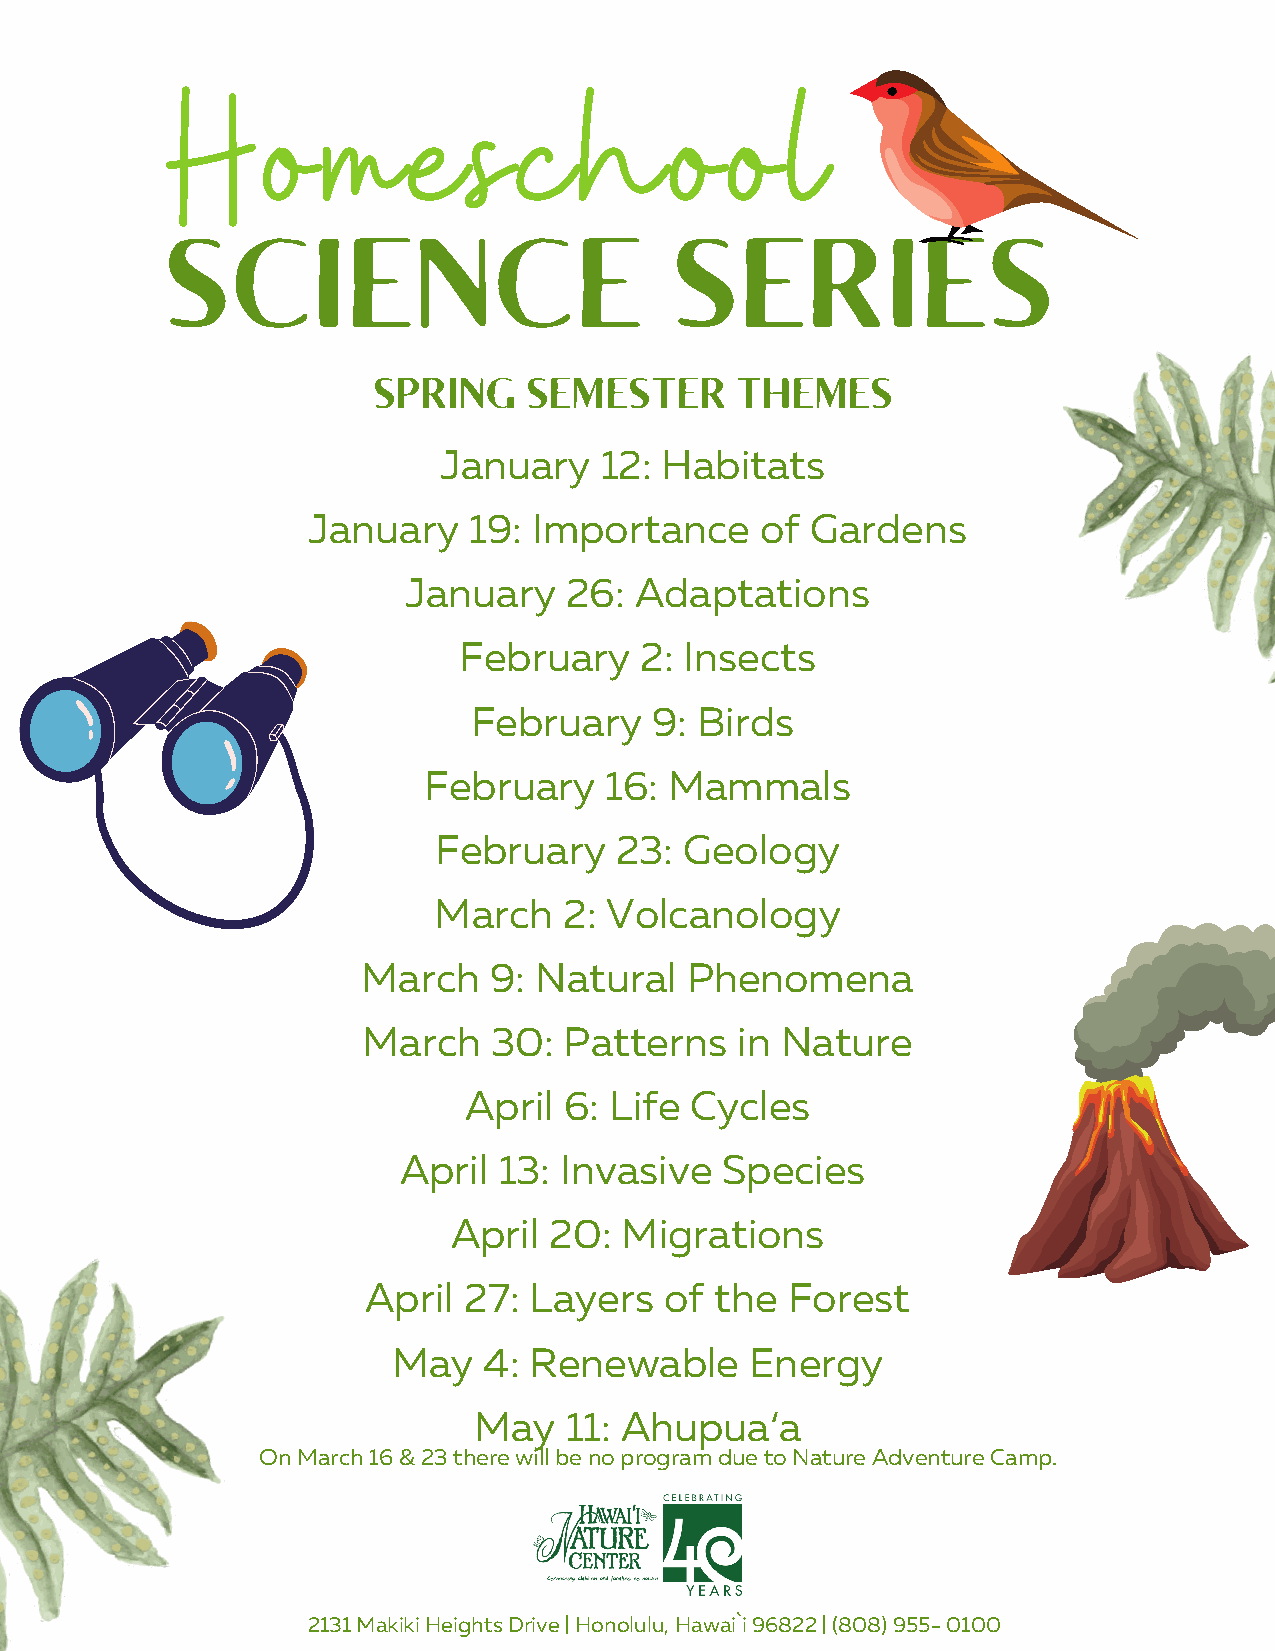
H     o   m     e   s  c   h     o   o   l
 SCIENCE                           SERIES
 SPRING    SEMESTER      THEMES
 January    12: Habitats
 January    19: Importance     of  Gardens
 January   26:  Adaptations
 February    2: Insects
 February    9: Birds
 February    16: Mammals
 February    23: Geology
 March   2: Volcanology
 March   9: Natural   Phenomena
 March    30: Patterns    in Nature
 April 6: Life  Cycles
 April  13: Invasive   Species
 April 20:  Migrations
 April  27: Layers   of the  Forest
 May   4: Renewable      Energy
 May   11: Ah  upua‘a
 On March 16 & 23 there will be no program due to Nature Adventure Camp.
 2131 Makiki Heights Drive | Honolulu, Hawai`i 96822 | (808) 955- 0100